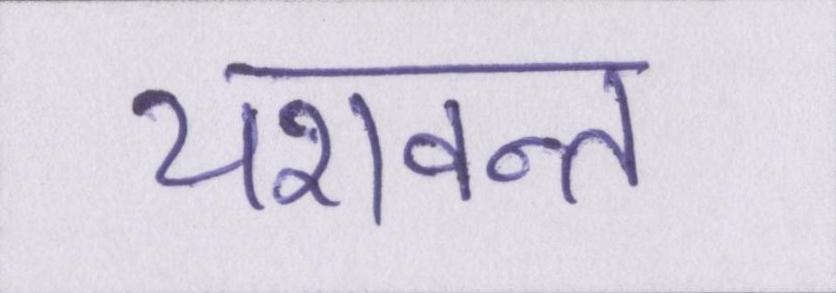
यशवन्त